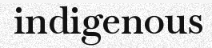
indigenous